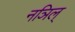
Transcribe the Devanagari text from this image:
नञिल्